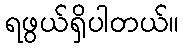
ရဖွယ်ရှိပါတယ်။